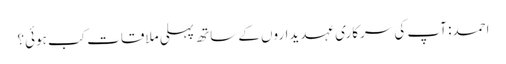
احمد: آپ کی سرکاری عہدیداروں کے ساتھ پہلی ملاقات کب ہوئی؟